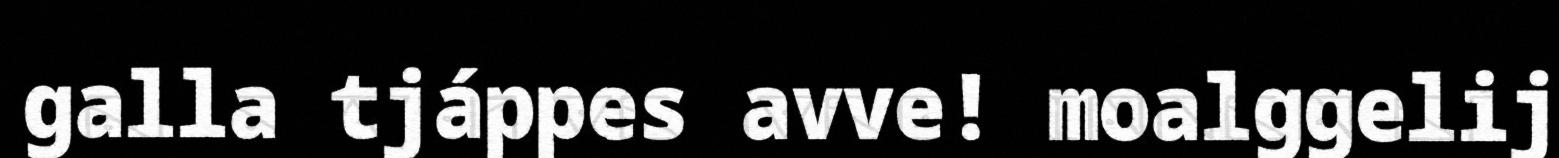
galla tjáppes avve! moalggelij